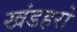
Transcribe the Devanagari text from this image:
खंडहरो